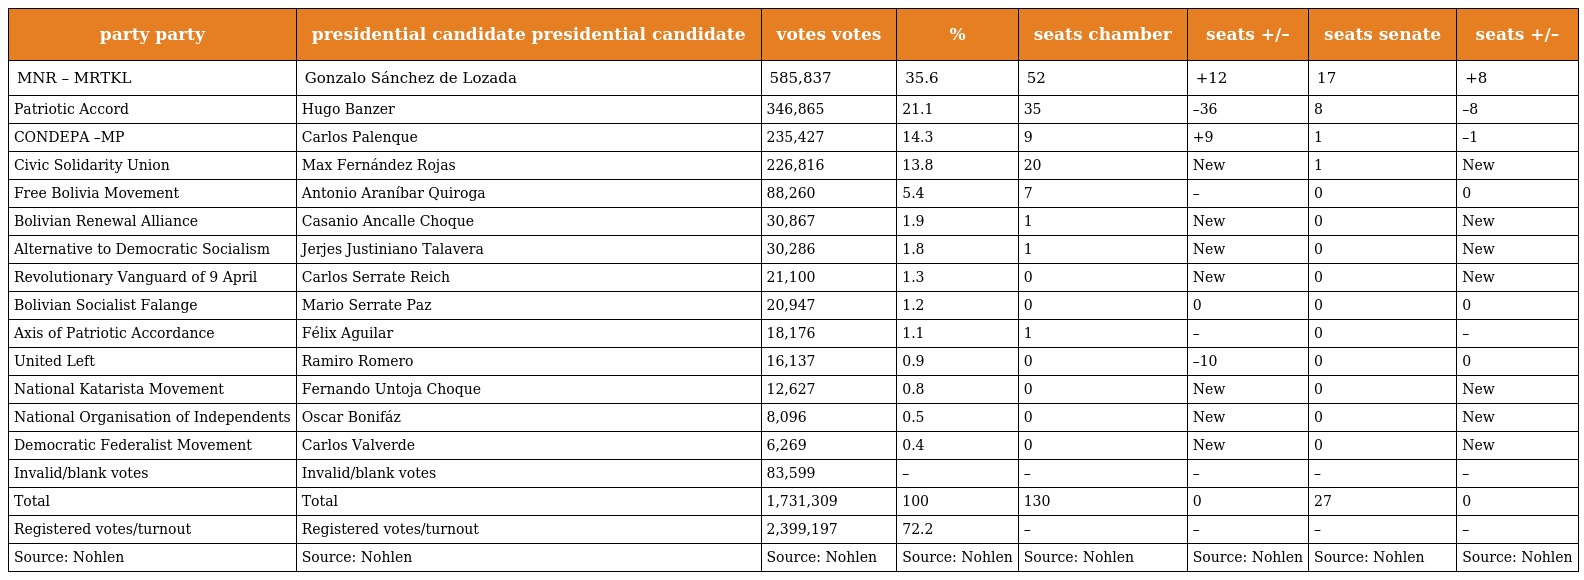
| party party | presidential candidate presidential candidate | votes votes | % | seats chamber | seats +/– | seats senate | seats +/– |
 | --- | --- | --- | --- | --- | --- | --- | --- |
 | MNR – MRTKL | Gonzalo Sánchez de Lozada | 585,837 | 35.6 | 52 | +12 | 17 | +8 |
 | Patriotic Accord | Hugo Banzer | 346,865 | 21.1 | 35 | –36 | 8 | –8 |
 | CONDEPA –MP | Carlos Palenque | 235,427 | 14.3 | 9 | +9 | 1 | –1 |
 | Civic Solidarity Union | Max Fernández Rojas | 226,816 | 13.8 | 20 | New | 1 | New |
 | Free Bolivia Movement | Antonio Araníbar Quiroga | 88,260 | 5.4 | 7 | – | 0 | 0 |
 | Bolivian Renewal Alliance | Casanio Ancalle Choque | 30,867 | 1.9 | 1 | New | 0 | New |
 | Alternative to Democratic Socialism | Jerjes Justiniano Talavera | 30,286 | 1.8 | 1 | New | 0 | New |
 | Revolutionary Vanguard of 9 April | Carlos Serrate Reich | 21,100 | 1.3 | 0 | New | 0 | New |
 | Bolivian Socialist Falange | Mario Serrate Paz | 20,947 | 1.2 | 0 | 0 | 0 | 0 |
 | Axis of Patriotic Accordance | Félix Aguilar | 18,176 | 1.1 | 1 | – | 0 | – |
 | United Left | Ramiro Romero | 16,137 | 0.9 | 0 | –10 | 0 | 0 |
 | National Katarista Movement | Fernando Untoja Choque | 12,627 | 0.8 | 0 | New | 0 | New |
 | National Organisation of Independents | Oscar Bonifáz | 8,096 | 0.5 | 0 | New | 0 | New |
 | Democratic Federalist Movement | Carlos Valverde | 6,269 | 0.4 | 0 | New | 0 | New |
 | Invalid/blank votes | Invalid/blank votes | 83,599 | – | – | – | – | – |
 | Total | Total | 1,731,309 | 100 | 130 | 0 | 27 | 0 |
 | Registered votes/turnout | Registered votes/turnout | 2,399,197 | 72.2 | – | – | – | – |
 | Source: Nohlen | Source: Nohlen | Source: Nohlen | Source: Nohlen | Source: Nohlen | Source: Nohlen | Source: Nohlen | Source: Nohlen |